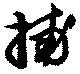
捕